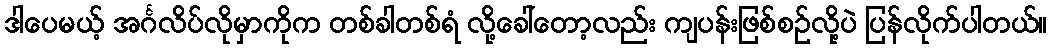
ဒါပေမယ့် အင်္ဂလိပ်လိုမှာကိုက တစ်ခါတစ်ရံ လို့ခေါ်တော့လည်း ကျပန်းဖြစ်စဉ်လို့ပဲ ပြန်လိုက်ပါတယ်။